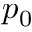
p _ { 0 }